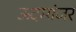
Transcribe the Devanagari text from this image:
ऊदमांजर